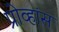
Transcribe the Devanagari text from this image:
प्रोव्हांस